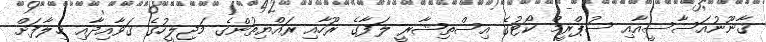
ޤާނޫނުއަސާސީއާއި ސުޕްރީމް ކޯޓުގެ އިސްތިޝާރީ ލަފާގެ ރޫހާއި ރައްޔިތުންގެ މަޖިލީހުގެ ޤަވާއިދާއި ޚިލާފަށް